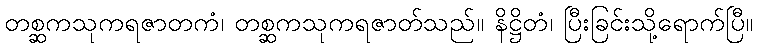
တစ္ဆကသုကရဇာတကံ၊ တစ္ဆကသုကရဇာတ်သည်။ နိဋ္ဌိတံ၊ ပြီးခြင်းသို့ရောက်ပြီ။